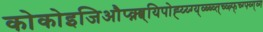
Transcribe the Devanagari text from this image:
कोकोइजिऔप्क्न्ब्ब्यिपोह्य्य्ग्य्व्ब्ब्व्त्च्व्त्र्फ्च्ग्फ्व्ग्व्ग